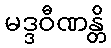
မဒ္ဒဝီဏန္တိ